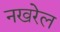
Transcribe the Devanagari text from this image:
नखरेल